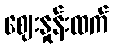
ဈေးနှုန်းထက်